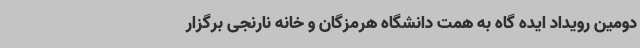
دومین رویداد ایده گاه به همت دانشگاه هرمزگان و خانه نارنجی برگزار